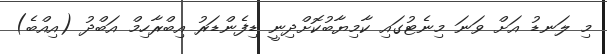
މި ލަނޑު އަށް ވަނަ މިނެޓުގައި ކާމިޔާބުކޮށްދިނީ ޑިފެންޑަރު އިބްރާހިމް އަބްދު (އިއްބެ)